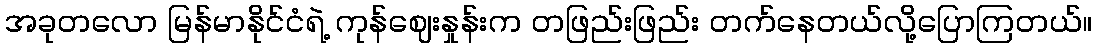
အခုတလော မြန်မာနိုင်ငံရဲ့ ကုန်ဈေးနှုန်းက တဖြည်းဖြည်း တက်နေတယ်လို့ပြောကြတယ်။